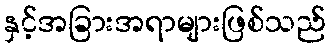
နှင့်အခြားအရာများဖြစ်သည်